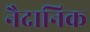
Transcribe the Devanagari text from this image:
नैदानिक